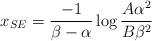
LaTeX: \begin{align*}{x_{SE} = {-1 \over {\beta - \alpha}} \log { {A {\alpha}^2} \over {B {\beta}^2}}}\end{align*}